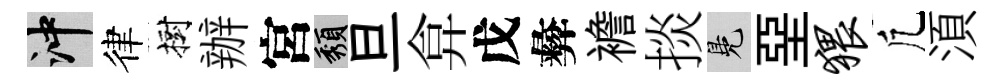
冲律樹辦宮頽旦弇戊彜襜掞鳬堊猥凢湏